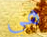
هي